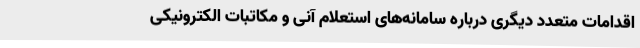
اقدامات متعدد دیگری درباره سامانه‌های استعلام آنی و مکاتبات الکترونیکی